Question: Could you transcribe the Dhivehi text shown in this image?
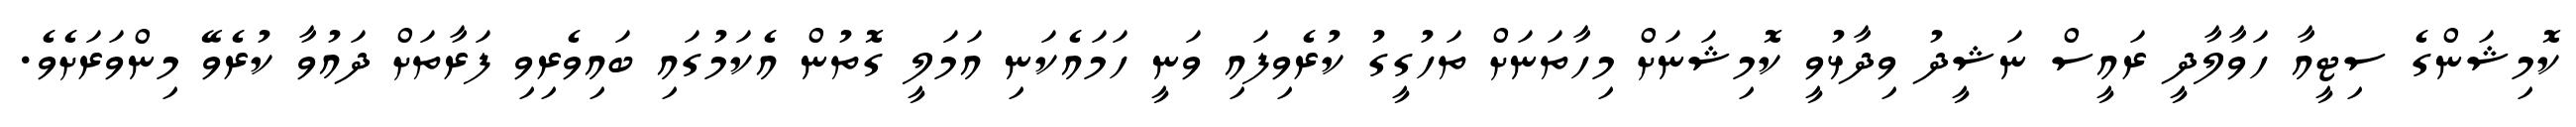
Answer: ކޮމިޝަންގެ ސިޓީއާ ހަވާލާދީ ރައީސް ނަޝީދު ވިދާޅުވީ ކޮމިޝަނަށް މިހާތަނަށް ތަހުގީގު ކުރެވިފައި ވަނީ ހަމައެކަނި އަމަލީ ގޮތުން އެކަމުގައި ބައިވެރިވި ފަރާތަށް ދައުވާ ކުރެވޭ މިންވަރަށެވެ.